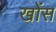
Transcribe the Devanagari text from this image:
खोंस